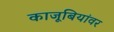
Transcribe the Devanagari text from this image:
काजूबियांवर